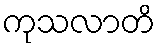
ကုသလာတိ